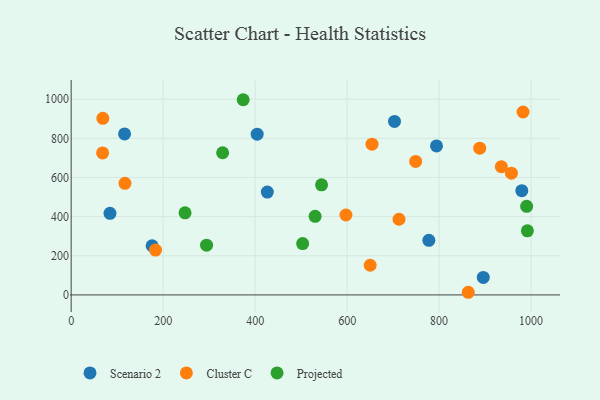
{"axis": {"x": "Price", "y": "Sales"}, "legend": ["Cluster C", "Projected", "Scenario 2"], "data": [{"x": "176.0", "y": 251.3, "type": "Scenario 2"}, {"x": "84.4", "y": 416.8, "type": "Scenario 2"}, {"x": "896.0", "y": 89.6, "type": "Scenario 2"}, {"x": "777.7", "y": 278.9, "type": "Scenario 2"}, {"x": "116.1", "y": 822.7, "type": "Scenario 2"}, {"x": "979.8", "y": 532.5, "type": "Scenario 2"}, {"x": "703.0", "y": 886.3, "type": "Scenario 2"}, {"x": "426.5", "y": 525.5, "type": "Scenario 2"}, {"x": "404.4", "y": 821.2, "type": "Scenario 2"}, {"x": "794.3", "y": 761.5, "type": "Scenario 2"}, {"x": "957.2", "y": 622.2, "type": "Cluster C"}, {"x": "749.0", "y": 682.1, "type": "Cluster C"}, {"x": "888.3", "y": 750.0, "type": "Cluster C"}, {"x": "935.3", "y": 655.3, "type": "Cluster C"}, {"x": "117.0", "y": 570.3, "type": "Cluster C"}, {"x": "863.4", "y": 13.5, "type": "Cluster C"}, {"x": "650.1", "y": 151.6, "type": "Cluster C"}, {"x": "982.5", "y": 934.6, "type": "Cluster C"}, {"x": "68.9", "y": 902.3, "type": "Cluster C"}, {"x": "183.4", "y": 229.0, "type": "Cluster C"}, {"x": "597.4", "y": 408.2, "type": "Cluster C"}, {"x": "712.8", "y": 386.5, "type": "Cluster C"}, {"x": "654.1", "y": 770.0, "type": "Cluster C"}, {"x": "68.4", "y": 725.6, "type": "Cluster C"}, {"x": "374.0", "y": 997.3, "type": "Projected"}, {"x": "991.9", "y": 327.3, "type": "Projected"}, {"x": "294.4", "y": 254.1, "type": "Projected"}, {"x": "530.4", "y": 401.4, "type": "Projected"}, {"x": "990.3", "y": 452.8, "type": "Projected"}, {"x": "329.3", "y": 726.5, "type": "Projected"}, {"x": "503.3", "y": 262.5, "type": "Projected"}, {"x": "544.4", "y": 562.4, "type": "Projected"}, {"x": "247.6", "y": 419.6, "type": "Projected"}]}